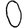
Digit: 0